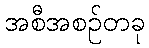
အစီအစဉ်တခု